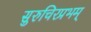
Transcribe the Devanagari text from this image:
सुरुचिरप्रभम्